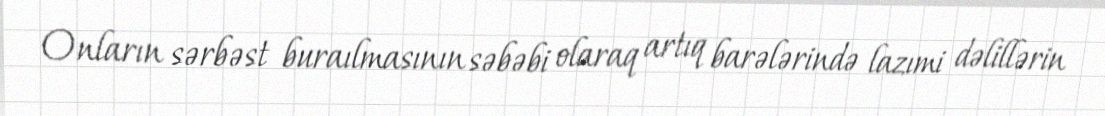
Onların sərbəst buraılmasının səbəbi olaraq artıq barələrində lazımi dəlillərin